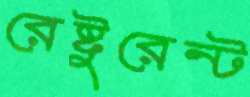
রেষ্টুরেন্ট